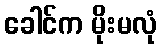
ခေါင်က မိုးမလုံ